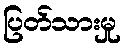
ပြတ်သားမှု